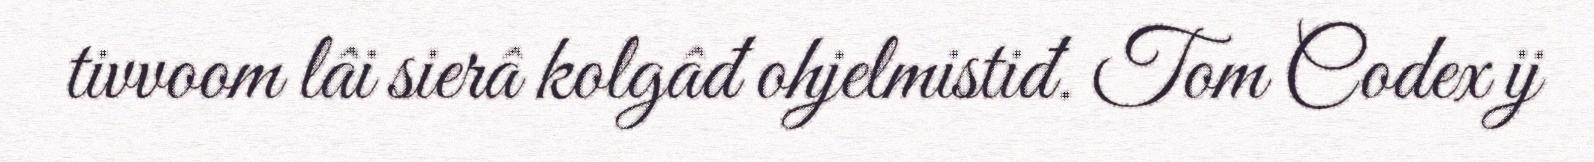
tivvoom lâi sierâ kolgâđ ohjelmistiđ. Tom Codex ij